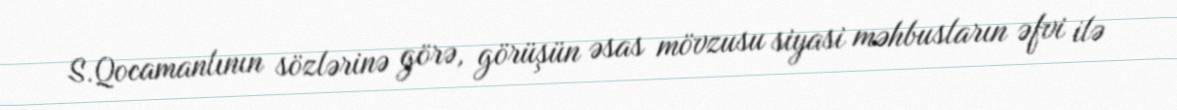
S.Qocamanlının sözlərinə görə, görüşün əsas mövzusu siyasi məhbusların əfvi ilə